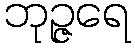
ဘုဉ္ဇရေ